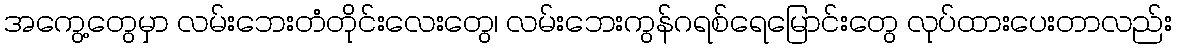
အကွေ့တွေမှာ လမ်းဘေးတံတိုင်းလေးတွေ၊ လမ်းဘေးကွန်ဂရစ်ရေမြောင်းတွေ လုပ်ထားပေးတာလည်း